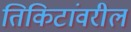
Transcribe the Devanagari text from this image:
तिकिटांवरील